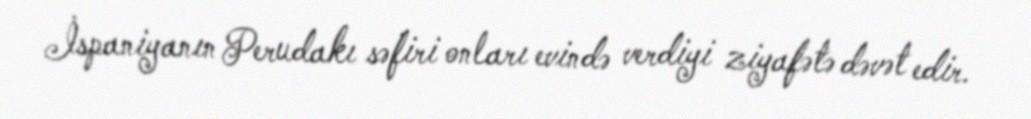
İspaniyanın Perudakı səfiri onları evində verdiyi ziyafətə dəvət edir.